Annual report on the Civil Veterinary Department, Burma (including the Insein Veterinary School) - 1923-1931
Year: 1923
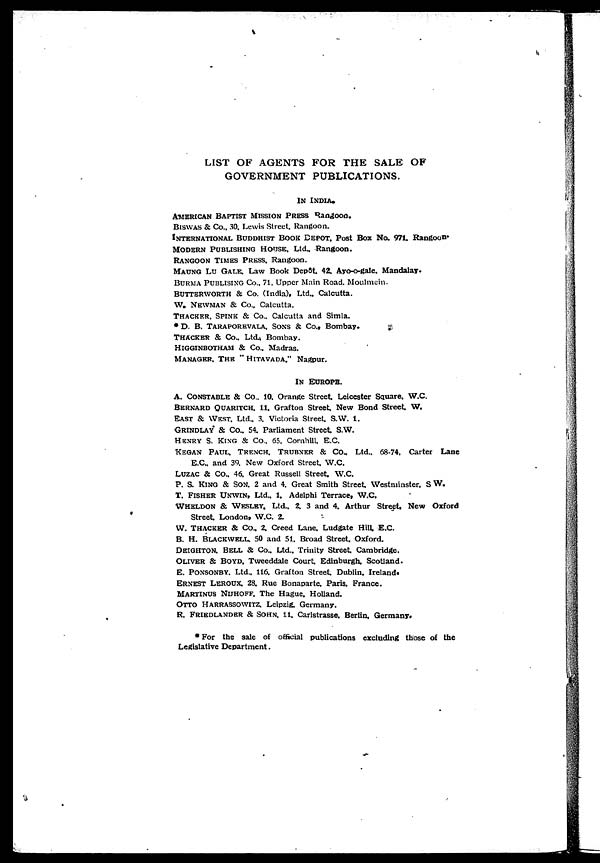
LIST OF AGENTS FOR THE SALE OF
GOVERNMENT PUBLICATIONS.
IN INDIA.
AMERICAN BAPTIST MISSION PRESS Rangoon.
BISWAS & Co., 30. Lewis Street, Rangoon.
INTERNATIONAL BUDDHIST BOOK DEPOT, Post Box No. 971. Rangoon.
MODERN PUBLISHING HOUSE. Ltd.. Rangoon.
RANGOON TIMES PRESS, Rangoon.
MAUNG LU GALE, Law Book Depôt. 42. Ayo-o-gale. Mandalay.
BURMA PUBLISING Co., 71. Upper Main Road. Moulmein.
BUTTERWORTH& Co. (India). Ltd.. Calcutta.
W. NEWMAN & Co., Calcutta.
THACKER, SPINK & Co., Calcutta and Simla.
* D. B. TARAPOREVALA. SONS & Co., Bombay.
THACKER & Co., Ltd., Bombay.
HIGGINBOTHAM & Co., Madras.
MANAGER, THE " HITAVADA." Nagpur.
IN EUROPE.
A. CONSTABLE & Co.. 10, Orange Street, Leicester Square. W.C.
BERNARD QUARITCH, 11, Grafton Street New Bond Street W.
EAST & WEST, Ltd., 3. Victoria Street. S.W. 1.
GRINDLAY & Co., 54. Parliament Street S.W.
HENRY S. KING & Co., 65. Cornhill. E.C.
KEGAN PAUL, TRENCH. TRUBNER & Co., Ltd., 68-74. Carter Lane
E.C., and 39. New Oxford Street W.C.
LUZAC & CO., 46. Great Russell Street, W.C.
P. S. KING & SON, 2 and 4, Great Smith Street Westminster, S W.
T. FISHER UNWIN, Ltd., 1, Adelphi Terrace, W.C.
WHELDON & WESLEY, Ltd., 2, 3 and 4, Arthur Street, New Oxford
Street London, W.C. 2.
W. THACKER & Co., 2, Creed Lane, Ludgate Hill, E.C.
B. H. BLACKWELL, 50 and 51, Broad Street. Oxford.
DEIGHTON, BILL & Co., Ltd., Trinity Street Cambridge.
OLIVER & BOYD, Tweeddale Court Edinburgh. Scotland.
E. PONSONBY, Ltd., 116, Grafton Street Dublin. Ireland.
ERNEST LEROUX, 28, Rue Bonaparte, Paris, France.
MARTINUS NIJHOFF, The Hague. Holland.
OTTO HARRASSOWITZ, Leipzig, Germany.
R. FRIEDLANDER & SOHN, 11, Carlstrasse. Berlin, Germany.
* For the sale of official publications excluding those of the
Legislative Department.